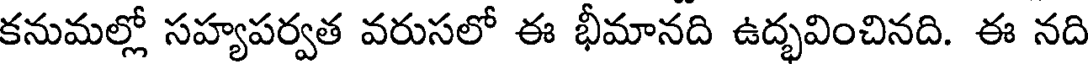
కనుమల్లో సహ్యపర్వత వరుసలో ఈ భీమానది ఉద్భవించినది. ఈ నది